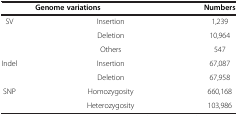
<table><thead><tr><td colspan="2"><b>Genome variations</b></td><td><b>Numbers</b></td></tr></thead><tbody><tr><td rowspan="3">SV</td><td>Insertion</td><td>1,239</td></tr><tr><td>Deletion</td><td>10,964</td></tr><tr><td>Others</td><td>547</td></tr><tr><td rowspan="2">Indel</td><td>Insertion</td><td>67,087</td></tr><tr><td>Deletion</td><td>67,958</td></tr><tr><td rowspan="2">SNP</td><td>Homozygosity</td><td>660,168</td></tr><tr><td>Heterozygosity</td><td>103,986</td></tr></tbody></table>